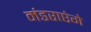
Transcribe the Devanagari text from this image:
मंडराएंगे